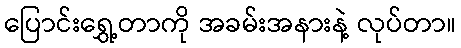
ပြောင်းရွှေ့တာကို အခမ်းအနားနဲ့ လုပ်တာ။